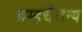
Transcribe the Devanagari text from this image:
ब्रम्हचैतन्य